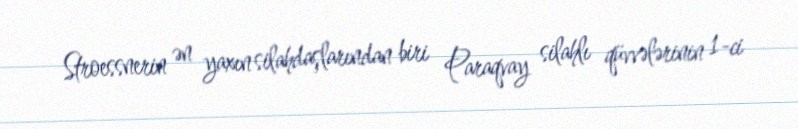
Stroessnerin ən yaxın silahdaşlarından biri Paraqvay silahlı qüvvələrinin 1-ci